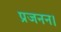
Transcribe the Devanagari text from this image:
प्रजनन।